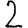
Digit: 2